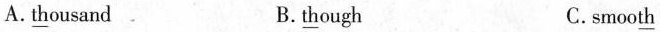
A.\underline{th}ousand B.\underline{th}ough C.smoo\underline{th}